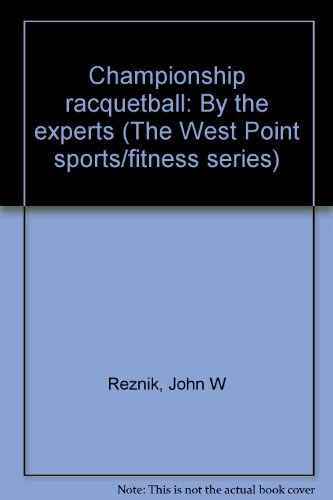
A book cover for Championship racquetball: By the experts (The West Point sports/fitness series); John W Reznik; Sports & Outdoors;